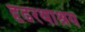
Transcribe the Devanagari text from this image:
दृढरथाश्रय